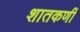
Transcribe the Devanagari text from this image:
शातकणीं